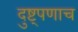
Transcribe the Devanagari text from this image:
दुष्ट्पणाच